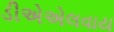
ડીએએલવાય